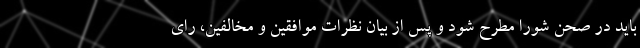
باید در صحن شورا مطرح شود و پس از بیان نظرات موافقین و مخالفین، رای